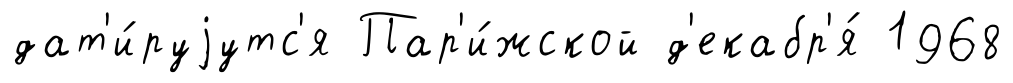
дат'и́руjутс'я Пар'и́жской д'екабр'я́ 1968